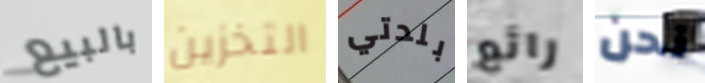
بالبيع التخزين بلدتي رائع نحن